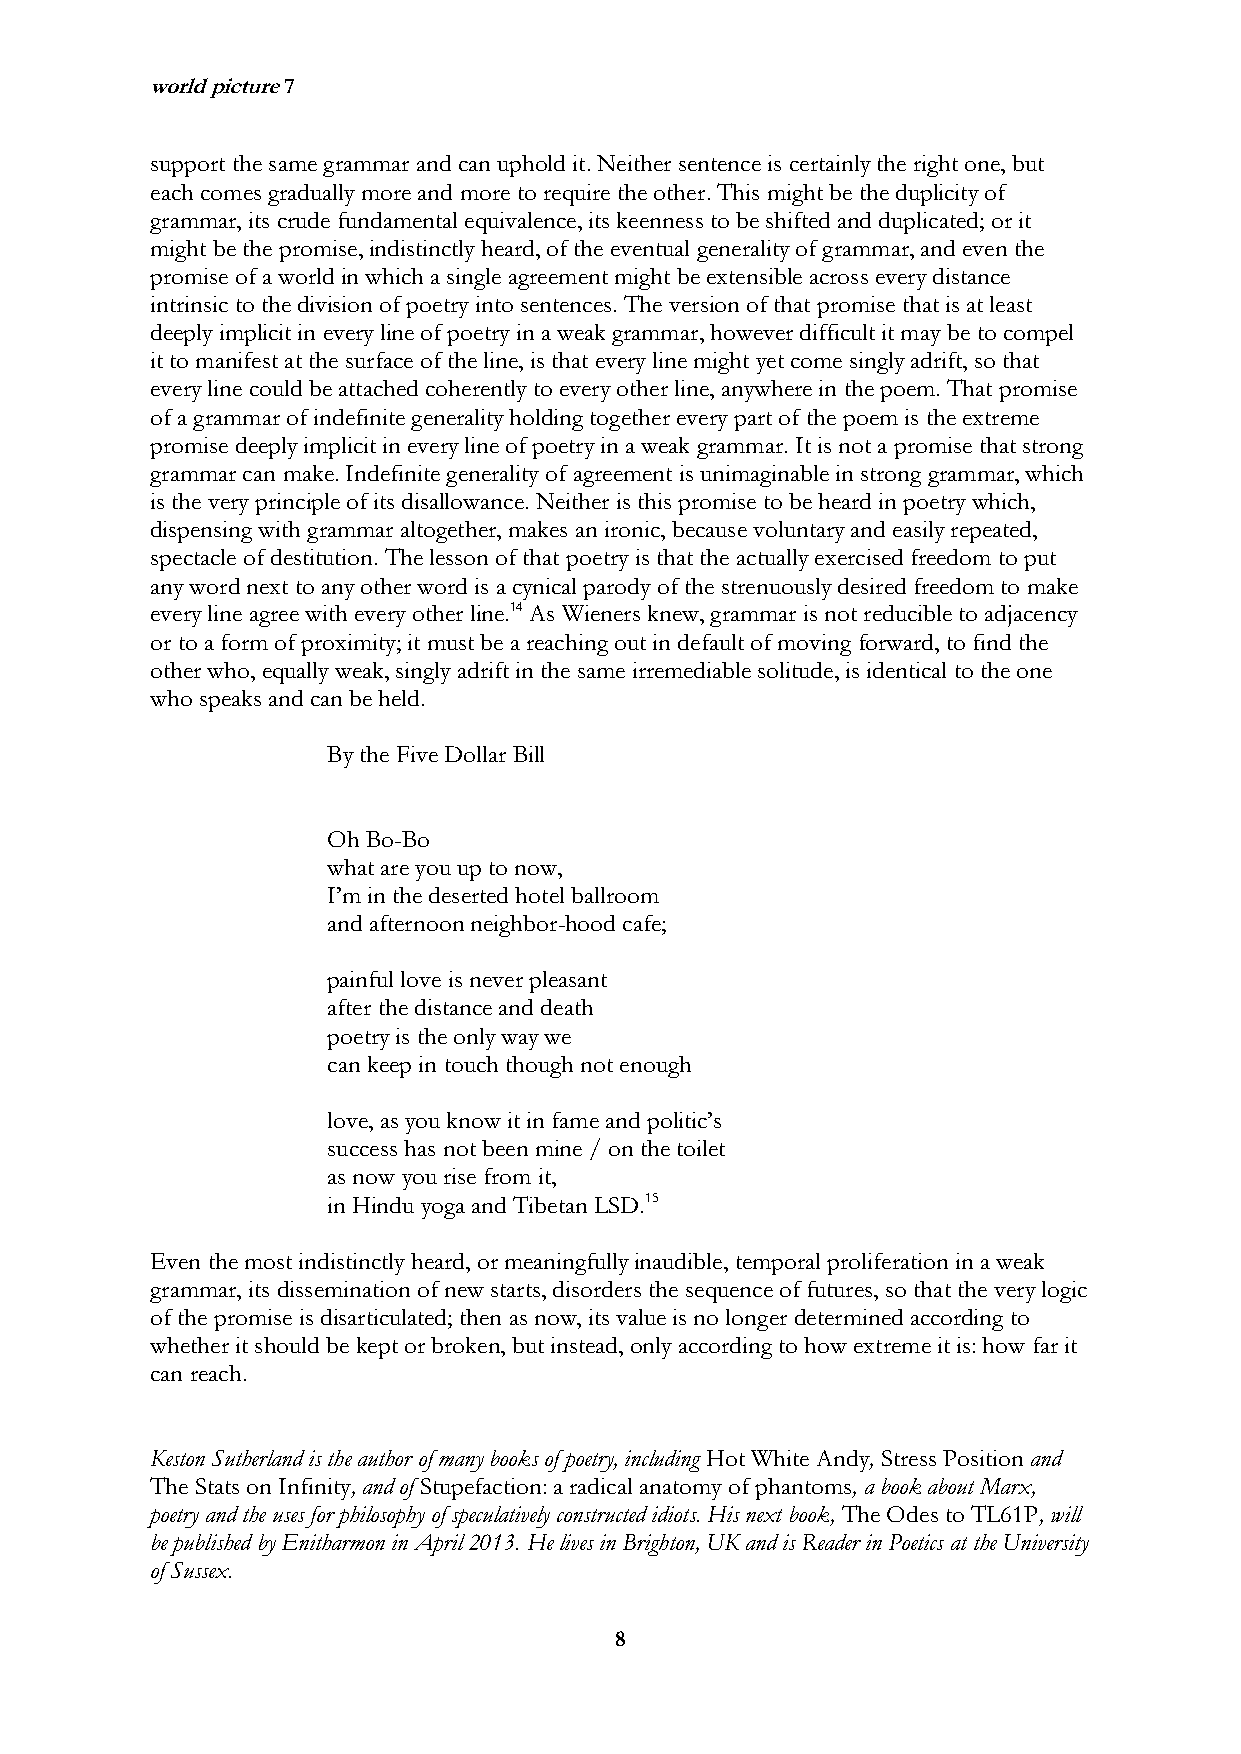
world picture 7
 support the same grammar and can uphold it. Neither sentence is certainly the right one, but
 each comes gradually more and more to require the other. This might be the duplicity of
 grammar, its crude fundamental equivalence, its keenness to be shifted and duplicated; or it
 might be the promise, indistinctly heard, of the eventual generality of grammar, and even the
 promise of a world in which a single agreement might be extensible across every distance
 intrinsic to the division of poetry into sentences. The version of that promise that is at least
 deeply implicit in every line of poetry in a weak grammar, however difficult it may be to compel
 it to manifest at the surface of the line, is that every line might yet come singly adrift, so that
 every line could be attached coherently to every other line, anywhere in the poem. That promise
 of a grammar of indefinite generality holding together every part of the poem is the extreme
 promise deeply implicit in every line of poetry in a weak grammar. It is not a promise that strong
 grammar can make. Indefinite generality of agreement is unimaginable in strong grammar, which
 is the very principle of its disallowance. Neither is this promise to be heard in poetry which,
 dispensing with grammar altogether, makes an ironic, because voluntary and easily repeated,
 spectacle of destitution. The lesson of that poetry is that the actually exercised freedom to put
 any word next to any other word is a cynical parody of the strenuously desired freedom to make
 every line agree with every other line.14 As Wieners knew, grammar is not reducible to adjacency
 or to a form of proximity; it must be a reaching out in default of moving forward, to find the
 other who, equally weak, singly adrift in the same irremediable solitude, is identical to the one
 who speaks and can be held.
 By the Five Dollar Bill
 Oh Bo-Bo
 what are you up to now,
 I’m in the deserted hotel ballroom
 and afternoon neighbor-hood cafe;
 painful love is never pleasant
 after the distance and death
 poetry is the only way we
 can keep in touch though not enough
 love, as you know it in fame and politic’s
 success has not been mine / on the toilet
 as now you rise from it,
 in Hindu yoga and Tibetan LSD.15
 Even the most indistinctly heard, or meaningfully inaudible, temporal proliferation in a weak
 grammar, its dissemination of new starts, disorders the sequence of futures, so that the very logic
 of the promise is disarticulated; then as now, its value is no longer determined according to
 whether it should be kept or broken, but instead, only according to how extreme it is: how far it
 can reach.
 Keston Sutherland is the author of many books of poetry, including Hot White Andy, Stress Position and
 The Stats on Infinity, and of Stupefaction: a radical anatomy of phantoms, a book about Marx,
 poetry and the uses for philosophy of speculatively constructed idiots. His next book, The Odes to TL61P, will
 be published by Enitharmon in April 2013. He lives in Brighton, UK and is Reader in Poetics at the University
 of Sussex.
 8